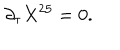
\partial _ { \tau } X ^ { 2 5 } = 0 .